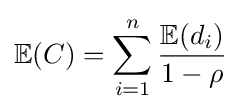
\mathbb {E} (C)=\sum _{i=1}^{n}{\frac {\mathbb {E} (d_{i})}{1-\rho }}